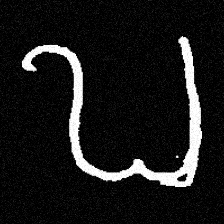
Pyu character \u2014 Myanmar letter: ဎ (romanized: ddha)